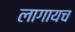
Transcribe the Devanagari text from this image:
लागायच